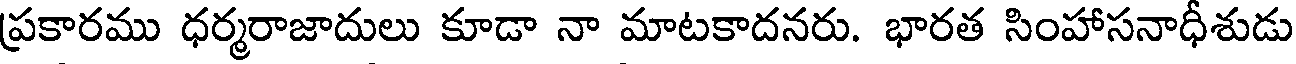
ప్రకారము ధర్మరాజాదులు కూడా నా మాటకాదనరు. భారత సింహాసనాధీశుడు